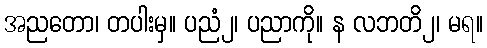
အညတော၊ တပါးမှ။ ပညံ၂၊ ပညာကို။ န လဘတိ၂၊ မရ။